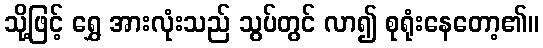
သို့ဖြင့် ရွှေ အားလုံးသည် သွပ်တွင် လာ၍ စုရုံးနေတော့၏။